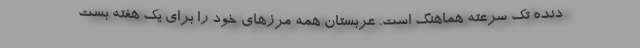
دنده تک سرعته هماهنگ است. عربستان همه مرزهای خود را برای یک هفته بست